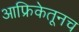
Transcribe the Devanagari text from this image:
आफ्रिकेतूनच